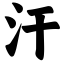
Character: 汗